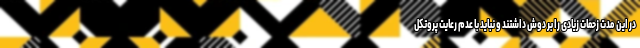
در این مدت زحمات زیادی را بر دوش داشتند و نباید با عدم رعایت پروتکل